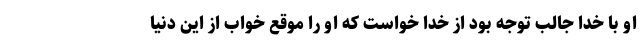
او با خدا جالب توجه بود از خدا خواست که او را موقع خواب از این دنیا